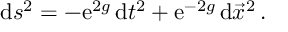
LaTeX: \mathrm { d } s ^ { 2 } = - \mathrm { e } ^ { 2 g } \, \mathrm { d } t ^ { 2 } + \mathrm { e } ^ { - 2 g } \, \mathrm { d } \vec { x } ^ { 2 } \, .